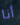
أنا